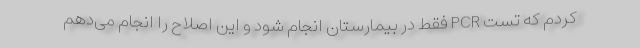
کردم که تست PCR فقط در بیمارستان انجام شود و این اصلاح را انجام می‌دهم